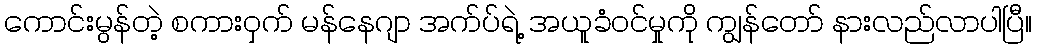
ကောင်းမွန်တဲ့ စကားဝှက် မန်နေဂျာ အက်ပ်ရဲ့ အယူခံဝင်မှုကို ကျွန်တော် နားလည်လာပါပြီ။